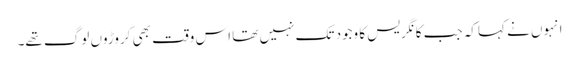
انہوں نے کہا کہ جب کانگریس کا وجود تک نہیں تھا اس وقت بھی کروڑوں لوگ تھے۔